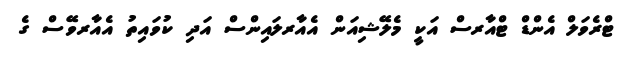
ޓްރެވަލް އެންޑް ޓްއާރސް އަކީ މެލޭޝިއަން އެއާރލައިންސް އަދި ކުވައިތު އެއާރވޭސް ގެ